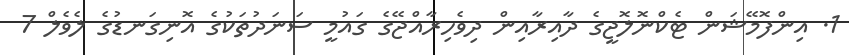
1. އިންފޮމޭޝަން ޓެކްނޮލޮޖީގެ ދާއިރާއިން ދިވެހިރާއްޖޭގެ ގައުމީ ސަނަދުތަކުގެ އޮނިގަނޑުގެ ލެވެލް 7